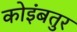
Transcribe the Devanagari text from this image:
कोइंबतुर